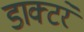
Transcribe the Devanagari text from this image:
डाक्टरे